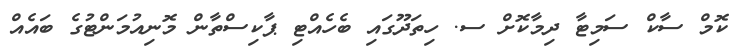
ކޮމް ސާކް ސަމިޓާ ދިމާކޮށް ސ. ހިތަދޫގައި ބެހެއްޓި ޕާކިސްތާން މޮނިއުމަންޓުގެ ބައެއް